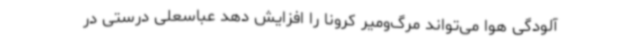
آلودگی هوا می‌تواند مرگ‌ومیر کرونا را افزایش دهد عباسعلی درستی در